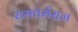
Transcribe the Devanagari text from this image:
रामवर्मराज